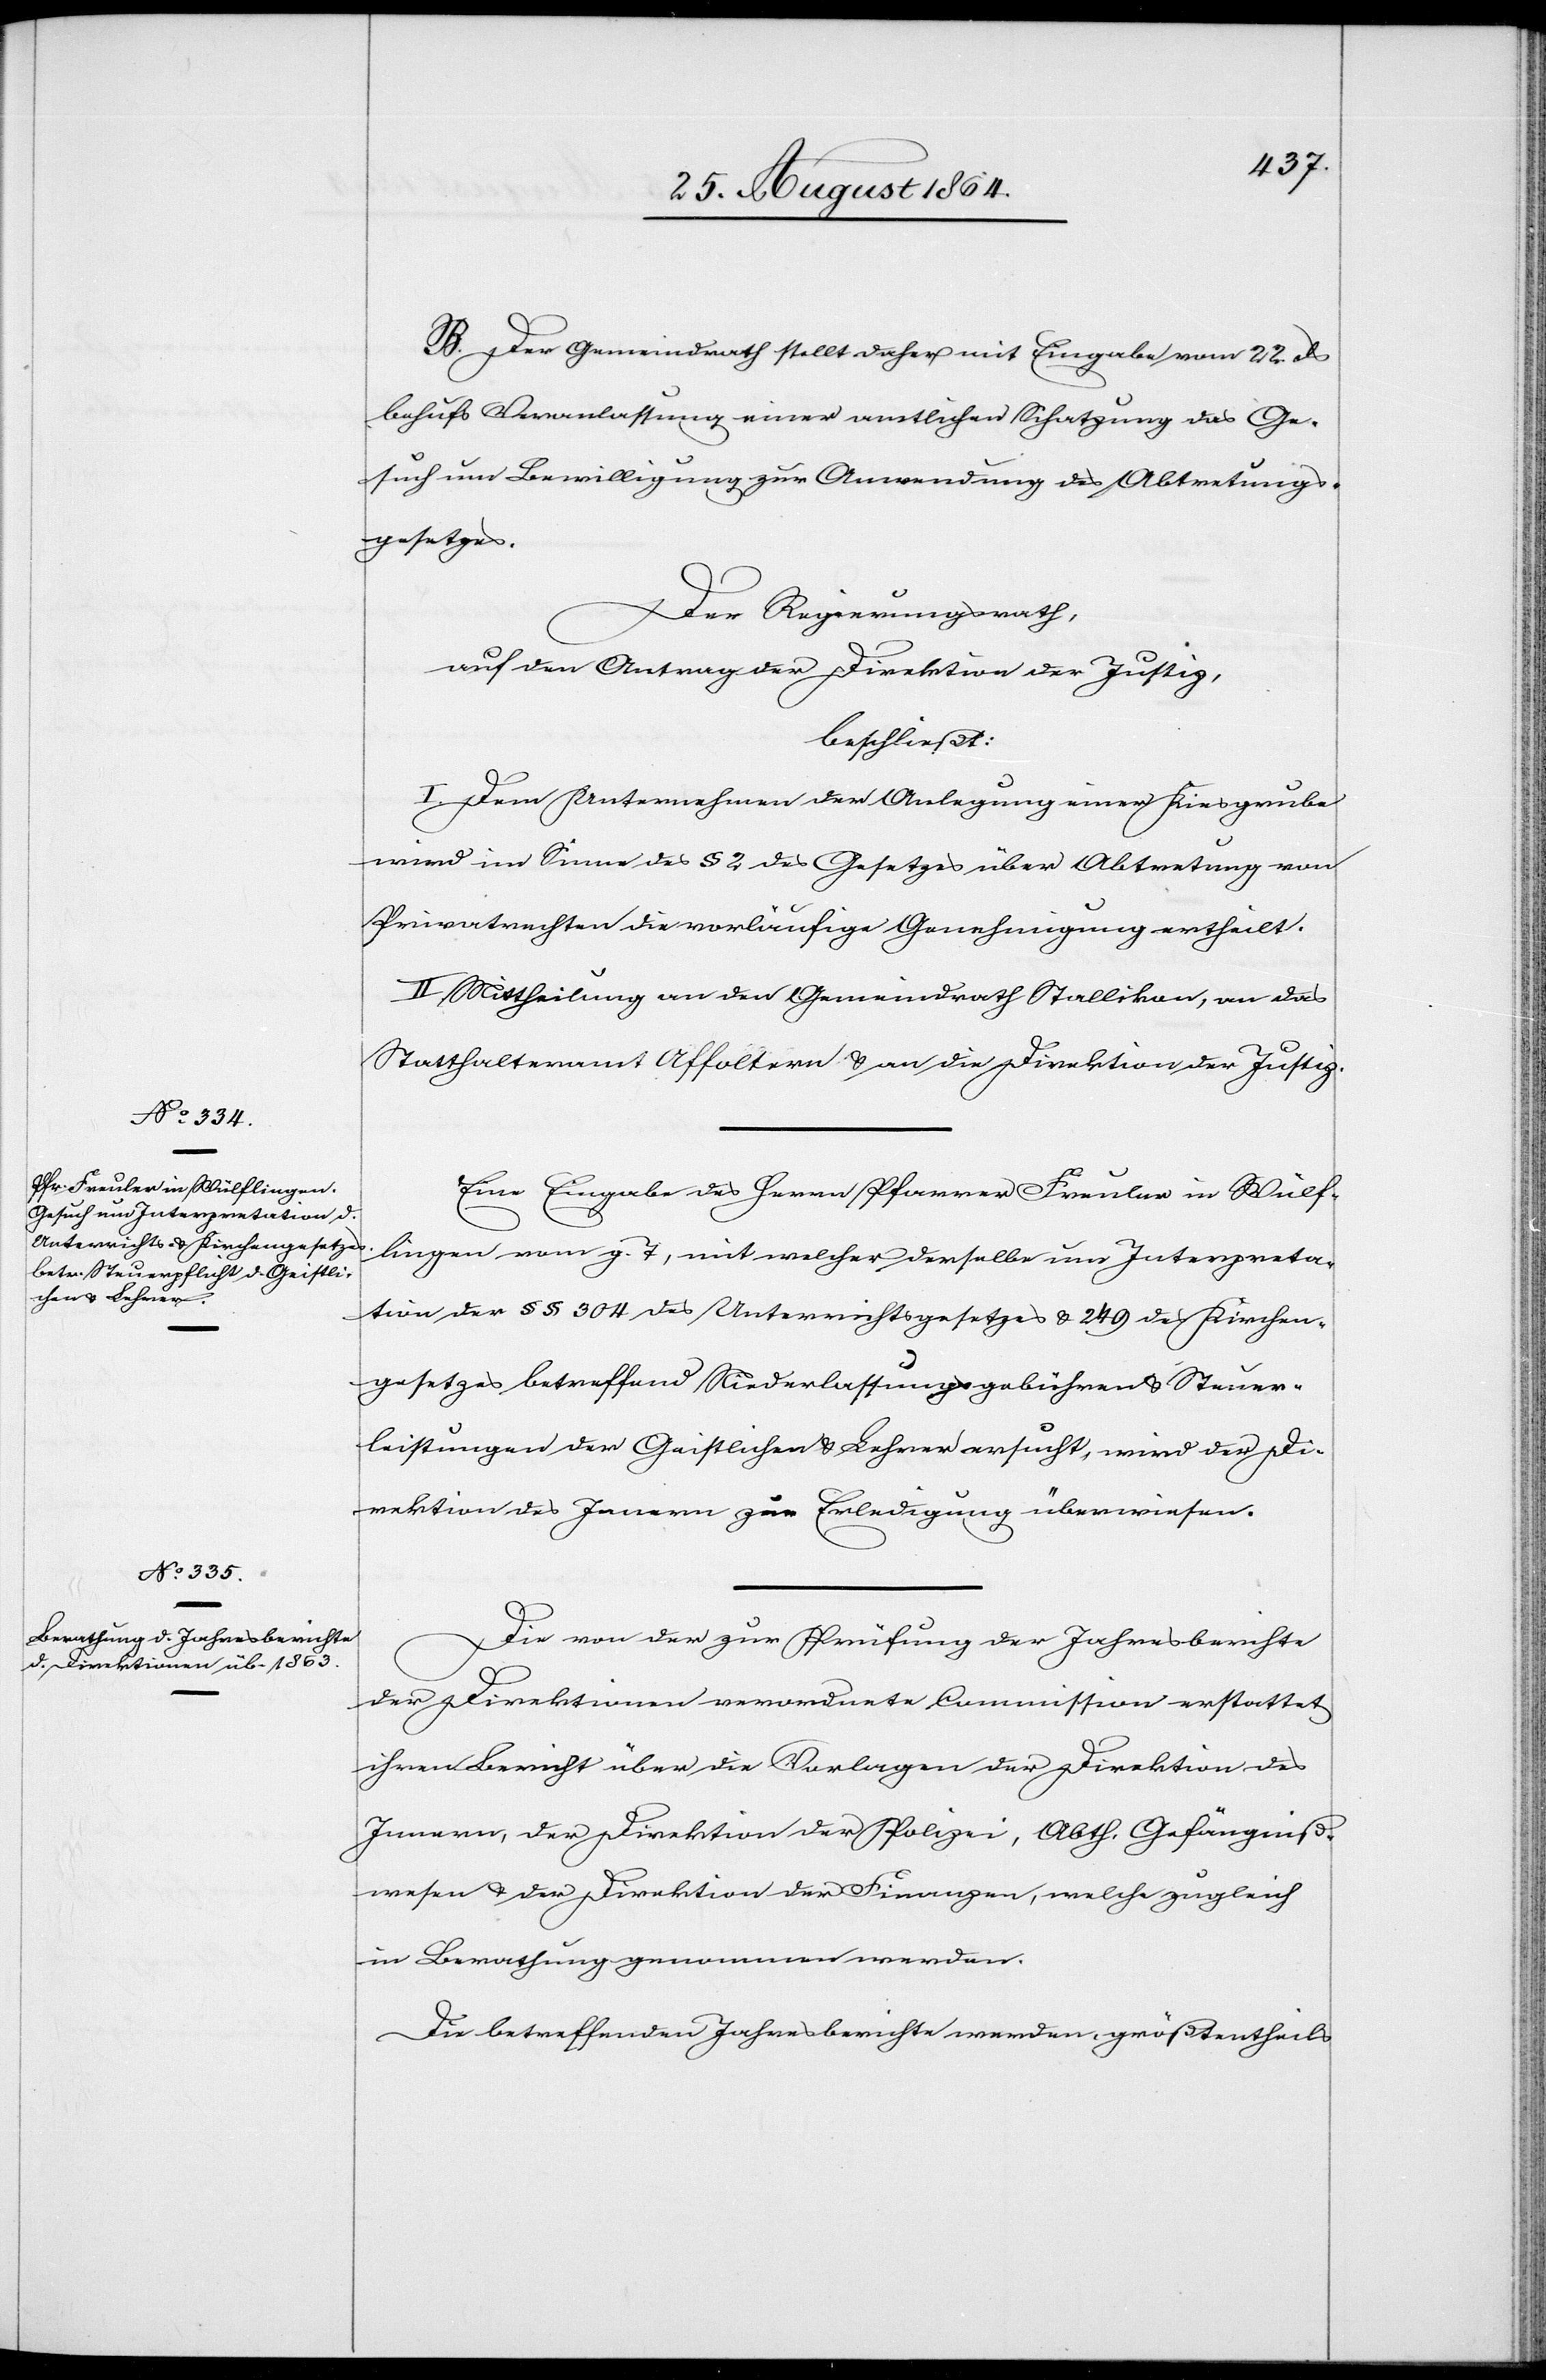
Prüfung der Jahresberichte

B. Der Gemeindrath stellt daher mit Eingabe vom 22. d[ie]s
behufs Veranlassung einer amtlichen Schatzung das Ge¬
such um Bewilligung zur Anwendung des Abtretungs¬
gesetzes.
Der Regierungsrath,
auf den Antrag der Direktion der Justiz,
beschließt:
I. Dem Unternehmen der Anlegung einer Kiesgrube
wird im Sinne des § 2 des Gesetzes über Abtretung von
Privatrechten die vorläufige Genehmigung ertheilt.
II. Mittheilung an den Gemeindrath Stallikon, an das
Statthalteramt Affoltern & an die Direktion der Justiz.
Eine Eingabe des Herrn Pfarrer Freuler in Wülf¬
lingen vom g. T., mit welcher derselbe um Interpreta¬
tion der §§ 304 des Unterrichtsgesetzes & § 249 des Kirchen¬
gesetzes betreffend Niederlassungsgebühren & Steuer¬
leistungen der Geistlichen & Lehrer ersucht, wird der Di¬
rektion des Innern zur Erledigung überwiesen.
der Direktionen verordnete Commission erstattet
ihren Bericht über die Vorlagen der Direktion des
Innern, der Direktion der Polizei, Abth. Gefängniß¬
wesen & der Direktion der Finanzen, welche zugleich
in Berathung genommen werden.
Die betreffenden Jahresberichte werden, größtentheils